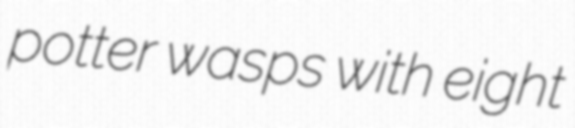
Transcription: potter wasps with eight